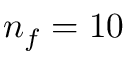
n _ { f } = 1 0